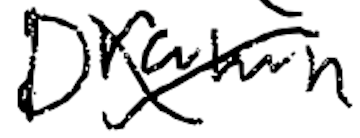
Text: Drawn
Cross-out: cross
Writing tool: digital_black